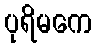
ပုရိမကေ